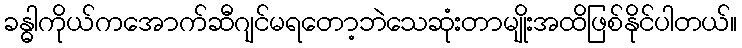
ခန္ဓါကိုယ်ကအောက်ဆီဂျင်မရတော့ဘဲသေဆုံးတာမျိုးအထိဖြစ်နိုင်ပါတယ်။